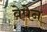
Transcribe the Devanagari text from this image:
वेपेन